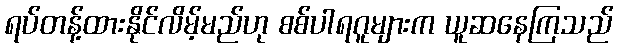
ရပ်တန့်ထားနိုင်လိမ့်မည်ဟု စစ်ပါရဂူများက ယူဆနေကြသည်